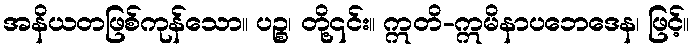
အနိယတဖြစ်ကုန်သော။ ပဉ္စ၊ တို့၎င်း။ ဣတိ-ဣမိနာပဘေဒေန၊ ဖြင့်။